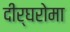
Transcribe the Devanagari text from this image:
दीर्घरोमा